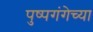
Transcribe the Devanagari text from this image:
पुष्पगंगेच्या